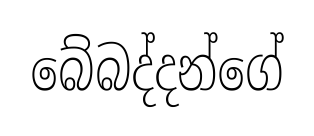
බේබද්දන්ගේ